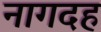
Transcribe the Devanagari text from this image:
नागदह